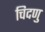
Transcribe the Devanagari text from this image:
चिदणु